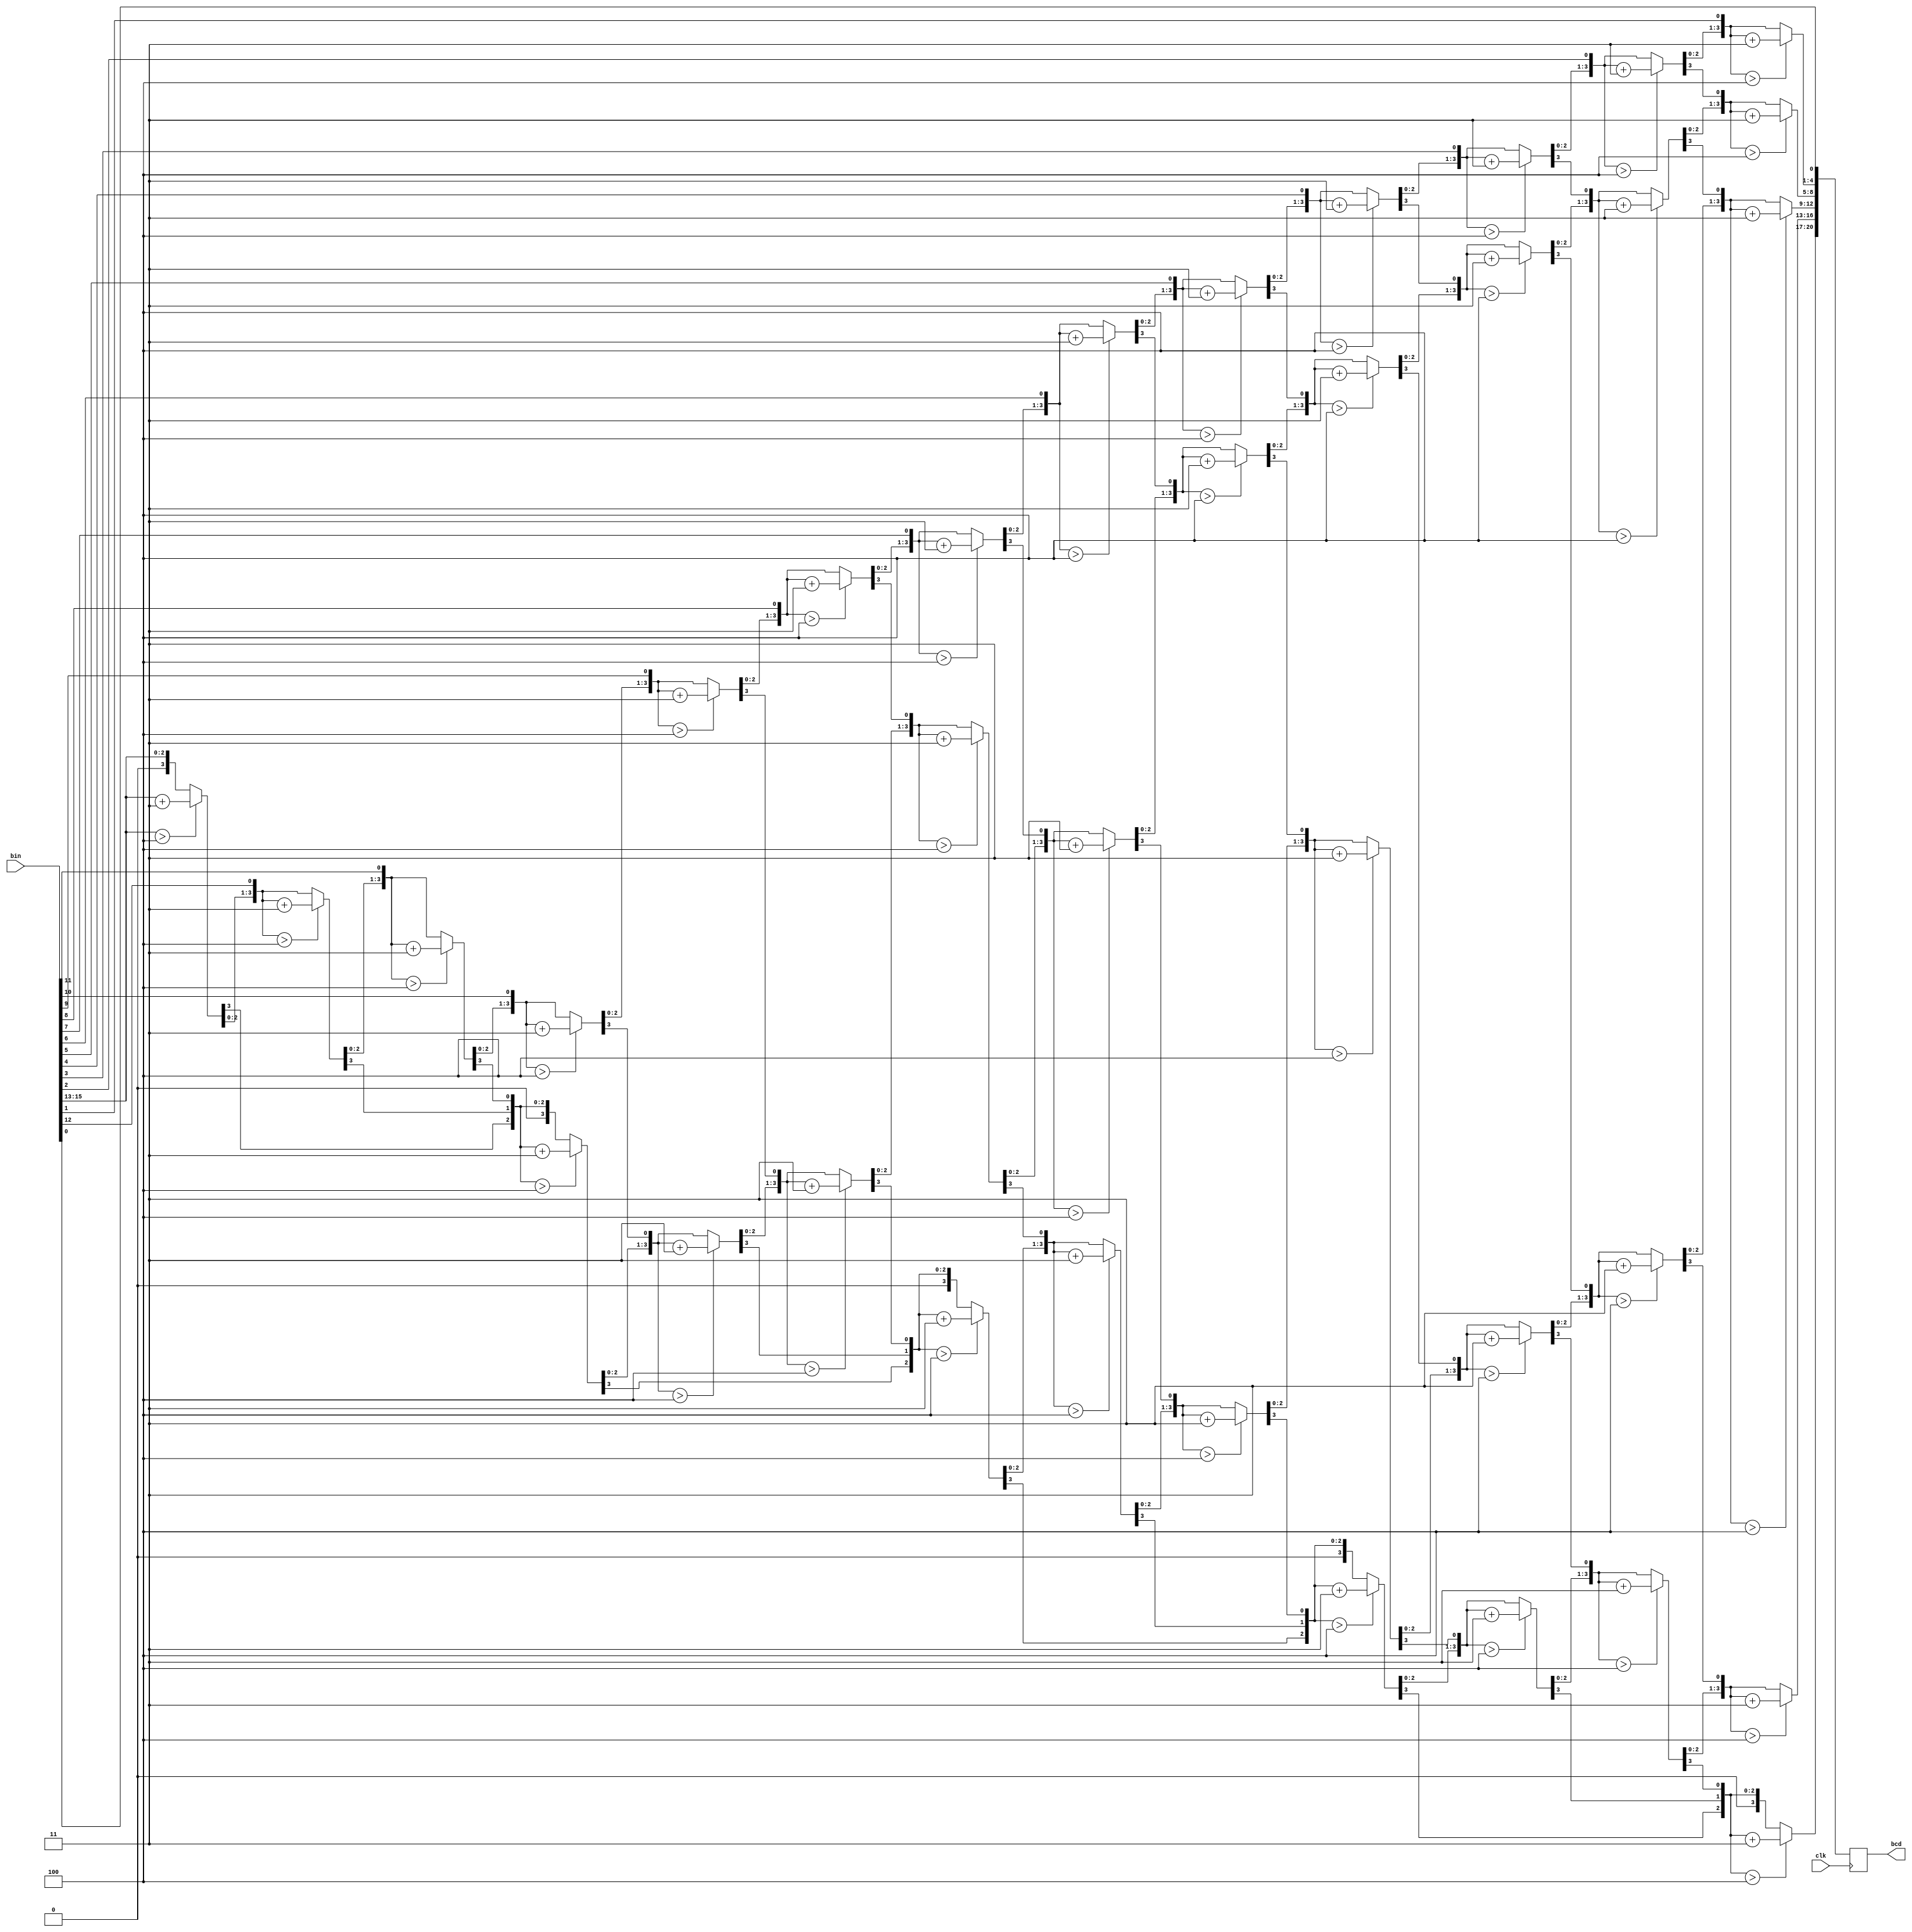
module double_dabble #(
    parameter W = 16
) (
    input wire clk,
    input wire[W-1:0] bin,
    output reg[W+(W-4)/3:0] bcd
);

    integer i, j;

    always @ (posedge clk) begin
        for (i = 0; i <= W+(W-4)/3; i=i+1) begin
            bcd[i] = 0;
        end
        bcd[W-1:0] = bin;
        for (i = 0; i <= W-4; i=i+1) begin
            for (j = 0; j <= i/3; j = j+1) begin
                if (bcd[W-i+4*j -: 4] > 4) begin
                    bcd[W-i+4*j -: 4] = bcd[W-i+4*j -: 4] + 4'd3;
                end
            end
        end
    end
    
endmodule